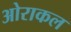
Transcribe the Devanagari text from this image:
ओराकल